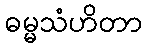
ဓမ္မသံဟိတာ